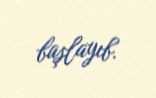
başlayıb.